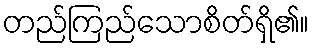
တည်ကြည်သောစိတ်ရှိ၏။